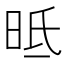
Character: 㫝